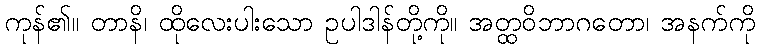
ကုန်၏။ တာနိ၊ ထိုလေးပါးသော ဥပါဒါန်တို့ကို။ အတ္ထဝိဘာဂတော၊ အနက်ကို